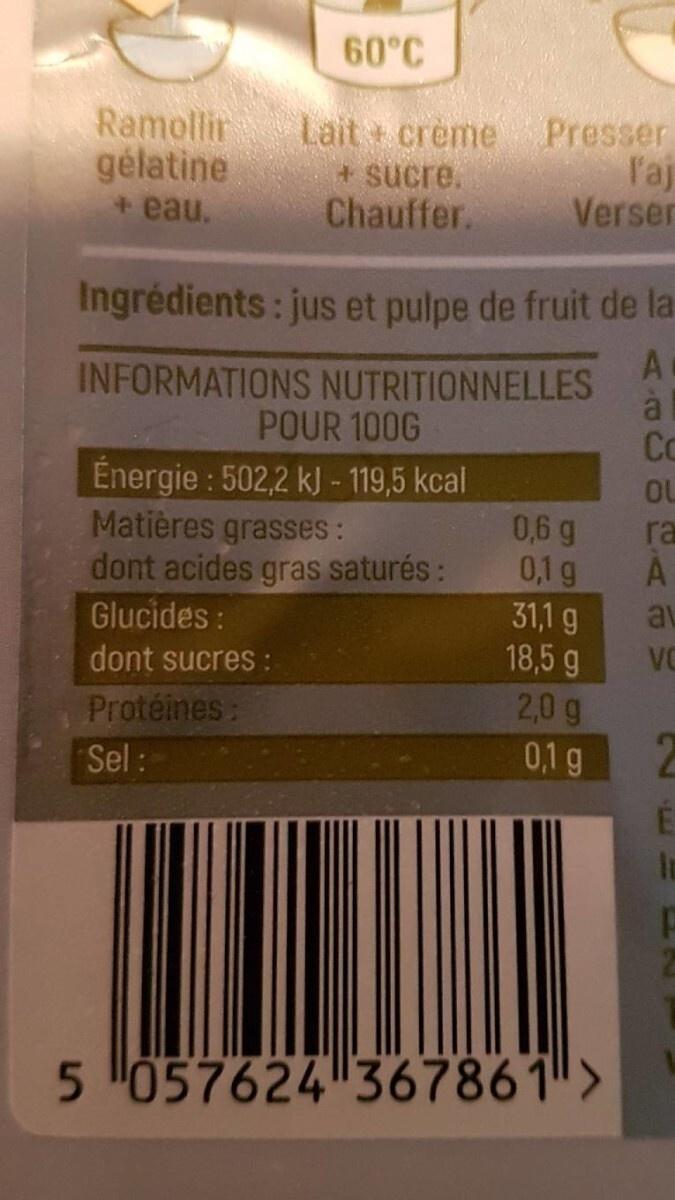
Ramollir
gélatine + eau.
60°C
Lait crème
+ sucre. Chauffer.
Presser
l'aj
Verser
Ingrédients: jus et pulpe de fruit de la
A
INFORMATIONS NUTRITIONNELLES POUR 100G
Énergie: 502,2 kJ - 119,5 kcal
Matières grasses:
dont acides gras saturés:
Glucides:
dont sucres :
Protéines:
Sel:
0,6 g
0,1 g
31,1 g
18,5 g
2,0 g
0,1 g
5 057624 367861 >
Co
OL
ra
A
av
VC
É
In